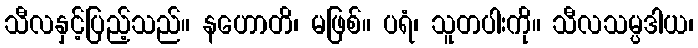
သီလနှင့်ပြည့်သည်။ နဟောတိ၊ မဖြစ်။ ပရံ၊ သူတပါးကို။ သီလသမ္ပဒါယ၊